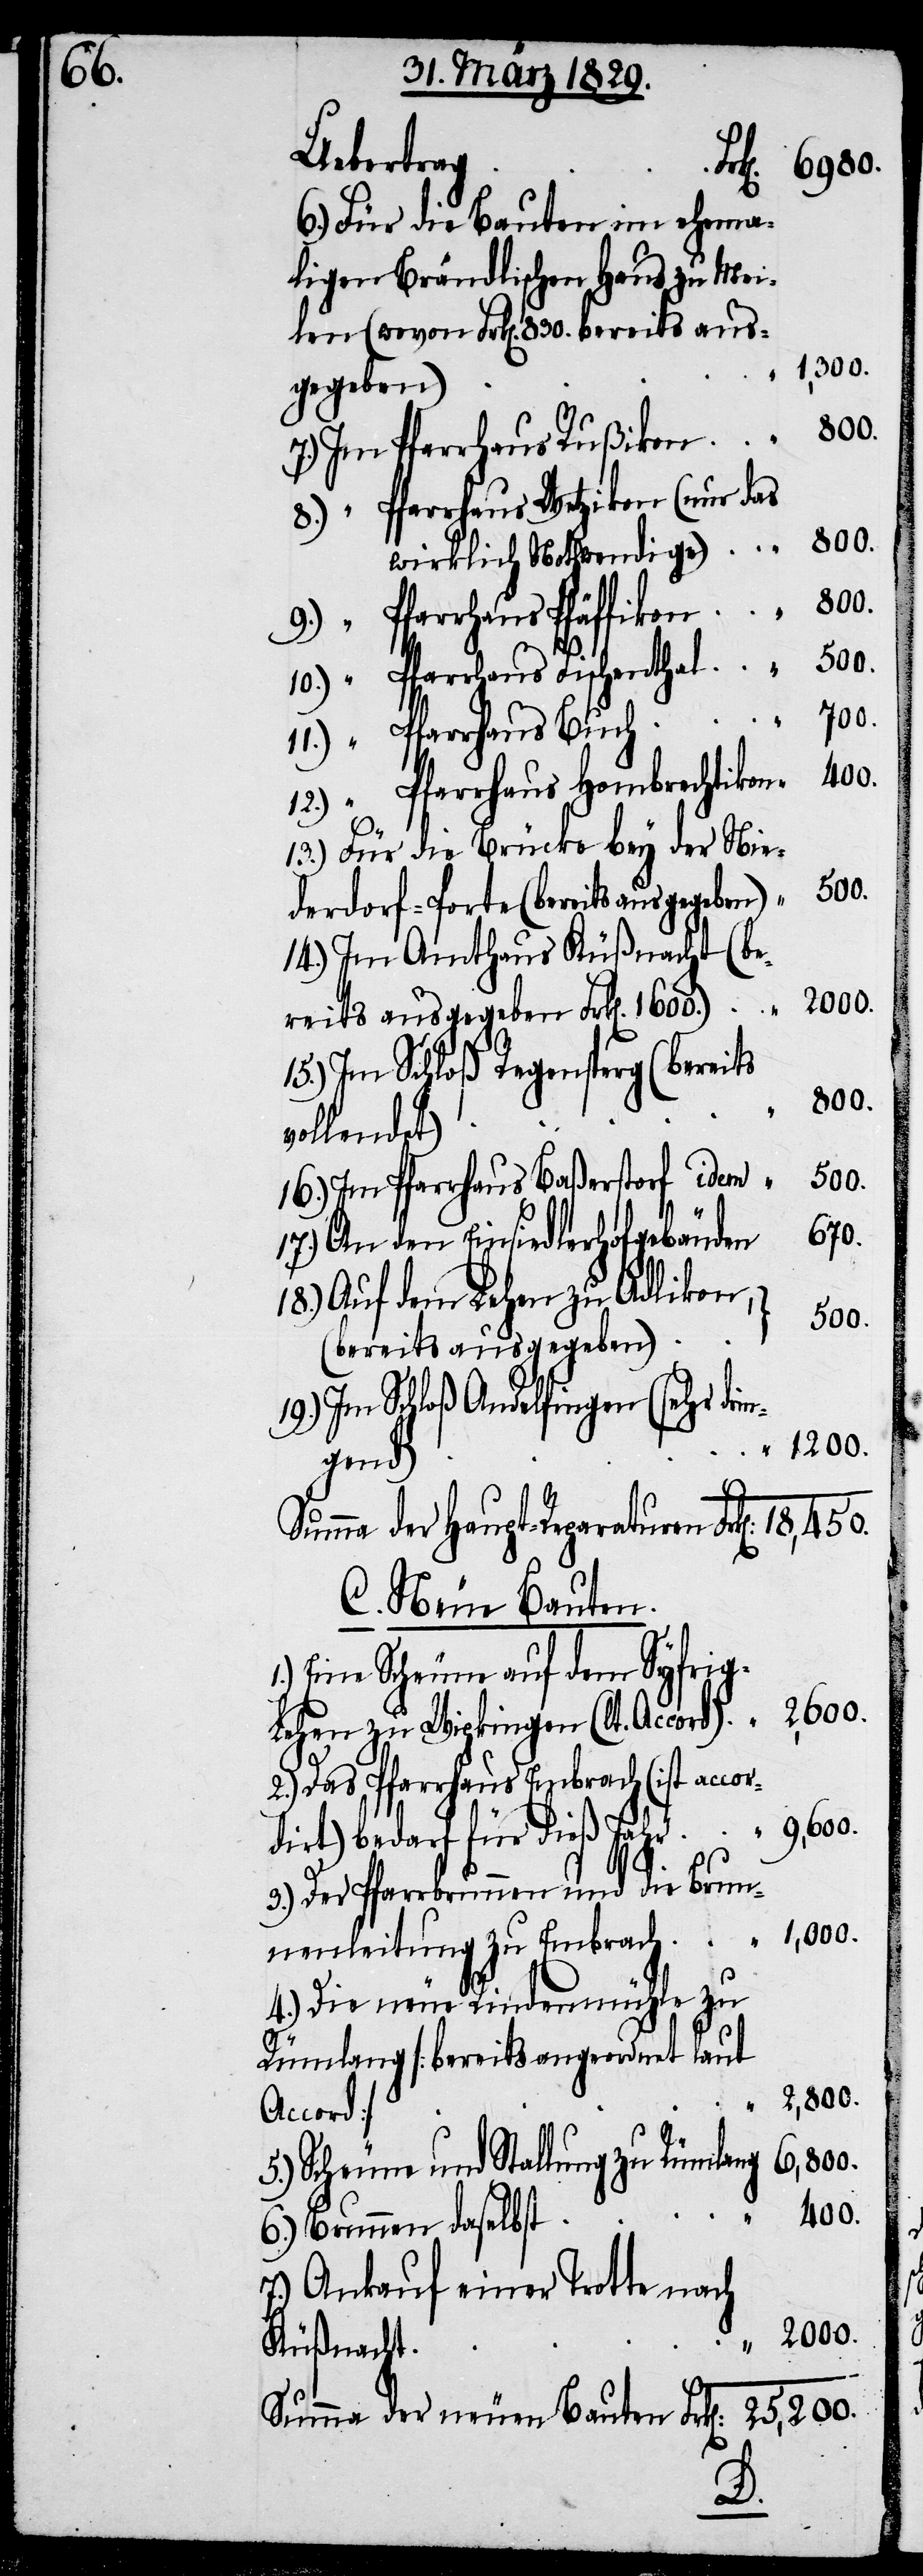
nenleitung
6.) Für die Bauten im ehema¬
ligen Brändlischen Haus zu Mei¬
len (wovon Frk[en]. 830. bereits aus¬
1,000.
gegeben)
25,200.
7.) Im Pfarrhaus Rußikon
8.) “ Pfarrhaus Wetzikon (nur das
400.
wirklich Nothwendige)
9.) “ Pfarrhaus Pfäffikon
10.) “ Pfarrhaus Fischenthal
11.) “ Pfarrhaus Buch
12.) “ Pfarrhaus Hombrechtikon
13.) Für die Brücke bey der Nie¬
derdorf-Porte (bereits ausgegeben)
14.) Im Amthaus Küßnacht (b¬
15.) Im Schloß Regensperg (bereits
vollendet)
16.) Im Pfarrhaus Baßerstorf idem
17.) An den Einsiedlerhofgebäuden
18.) Auf dein Lehen zu Adlikon,
500.
(bereits ausgegeben)
18,450.
der neuen Bauten
Eine Scheune auf dem Syfri¬
g-Lehen zu Wipkingen (lt. Accord)
2.) Das Pfarrhaus Embrach (ist acco¬
rdirt) bedarf für dieß Jahr
3.) Der Pfarrbrunnen und die Brun¬
4.) Die neue Rindermühle zu
Rümlang [bereits angeordnet laut
5.) Scheune und Stallung zu Rümlang
6,800.
6.) Brunnen daselbst
7.) Ankauf einer Trotte nach
Küßnacht